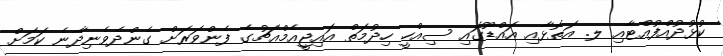
ކުޅުދުއްފުއްޓާއި ލ. އަތޮޅާއި އައްޑޫގައި ސިއްހީ ހިދުމަތް އައިޖީއެމްއެޗުގެ ފެންވަރަށް ގެންދެވެނިދާނެ ކަމަށް